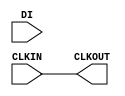
//////////////////////////////////////////////////////////////////////////////
//
// Copyright (c) 2014 PANGO MICROSYSTEMS, INC
// ALL RIGHTS RESERVED.
//
// THE SOURCE CODE CONTAINED HEREIN IS PROPRIETARY TO PANGO MICROSYSTEMS, INC.
// IT SHALL NOT BE REPRODUCED OR DISCLOSED IN WHOLE OR IN PART OR USED BY
// PARTIES WITHOUT WRITTEN AUTHORIZATION FROM THE OWNER.
//
//////////////////////////////////////////////////////////////////////////////
//
// Library:
//
// Functional description:
//
// Parameter description:
//
// Port description:
//
// Revision:
//
//////////////////////////////////////////////////////////////////////////////

`timescale 1 ns / 1 ps

module GTP_IOCLKBUF
#(
    parameter GATE_EN = "FALSE"   //FALSE; TRUE
) 
(
output CLKOUT,
input CLKIN,
input DI
);       //synthesis syn_black_box 

reg reg1, reg2,reg3;

initial 
begin
  reg1 = 1'b0;
  reg2 = 1'b0;
end


initial 
begin
  if(GATE_EN=="FALSE")
    reg3 =1'b1;
  else
    if(GATE_EN=="TRUE")
       reg3 = 1'b0;
    else 
       $display ("GTP_IOCLKBUF error : illegal setting for GATE_EN");
end



always @(negedge CLKIN) begin
   if(reg3 == 1'b0) 
      begin
         reg2 <= reg1;
         reg1 <= DI;
      end
   else
      begin
        reg2 <= 1'b0;
        reg1 <= 1'b0;
      end
end

assign CLKOUT = (reg2 | reg3) & CLKIN;

endmodule